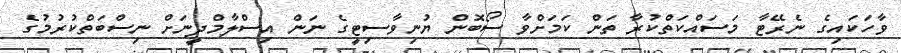
ވާހަކައިގެ ނެރޭޓާ މަސައްކަތްކުރާ ތަން ކަމަށްވާ ސޯބޮން ޔުނިވާސިޓީގެ ނަން އިސްލާމްދީނަށް ނިސްބަތްކުރުމުގެ